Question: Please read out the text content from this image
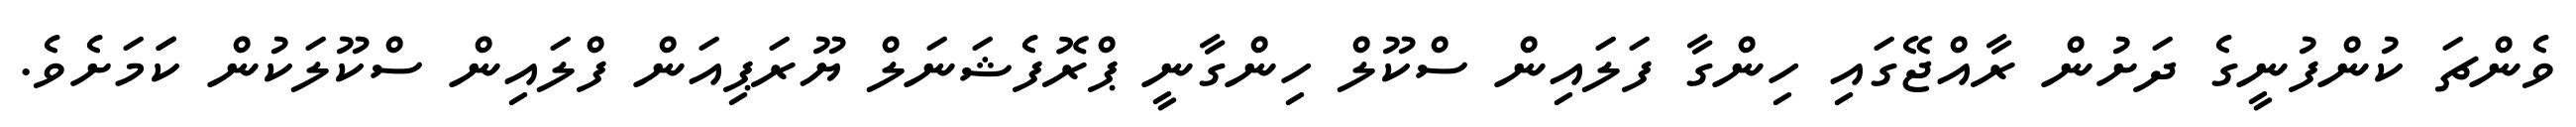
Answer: ވެންޗަ ކުންފުނީގެ ދަށުން ރާއްޖޭގައި ހިންގާ ފަލައިން ސްކޫލް ހިންގާނީ ޕްރޮފެޝަނަލް ޔޫރަޕިއަން ފްލައިން ސްކޫލަކުން ކަަމަށެވެ.